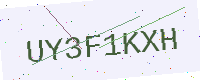
Text: UY3F1KXH